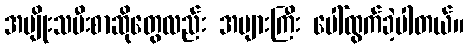
အမျိုးသမီးစာဆိုတွေလည်း အများကြီး ပေါ်ထွက်ခဲ့ပါတယ်။